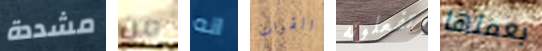
مشددة من انه القوات تفعلونه بعملها